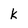
Character: k